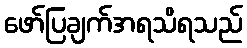
ဖော်ပြချက်အရသိရသည်